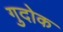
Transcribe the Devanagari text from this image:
गुदोक